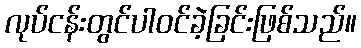
လုပ်ငန်းတွင်ပါဝင်ခဲ့ခြင်းဖြစ်သည်။